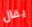
يقال